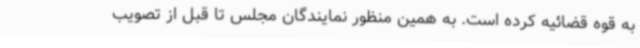
به قوه قضائیه کرده است. به همین منظور نمایندگان مجلس تا قبل از تصویب